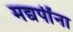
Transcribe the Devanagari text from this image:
मद्यपींना